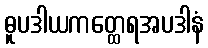
ဓူပဒါယကတ္ထေရအပဒါနံ